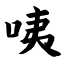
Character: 咦